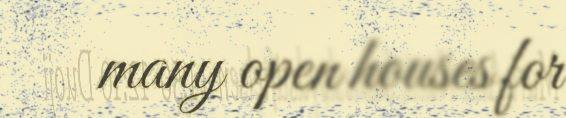
many open houses for